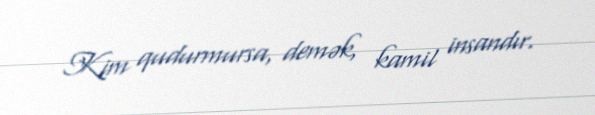
Kim qudurmursa, demək, kamil insandır.